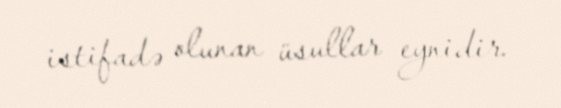
istifadə olunan üsullar eynidir.